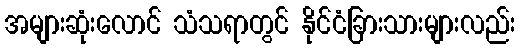
အများဆုံးလောင် သံသရာတွင် နိုင်ငံခြားသားများလည်း